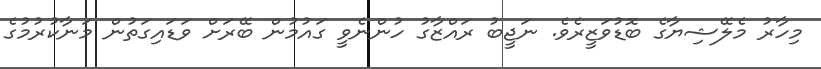
މިހާރު މެލޭޝިޔާގެ ބޮޑުވަޒީރެވެ. ނަޖީބު ރައްޒާގު ހުންނެވީ ގައުމުން ބޭރަށް ވަޑައިގަތުން މަނާކުރުމުގެ